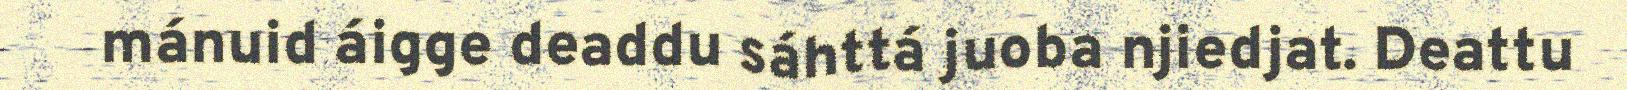
mánuid áigge deaddu sáhttá juoba njiedjat. Deattu